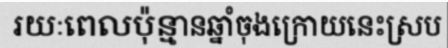
រយៈពេលប៉ុន្មានឆ្នាំចុងក្រោយនេះស្រប